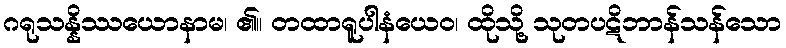
ဂရုသန္နိဿယောနာမ၊ ၏။ တထာရူပါနံယေဝ၊ ထိုသို့ သုတပဋိဘာန်သန်သော